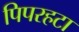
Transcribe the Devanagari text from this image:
पिपरहटा